Vaccination in Bombay 1874-1876 - 1874-1876
Year: 1874
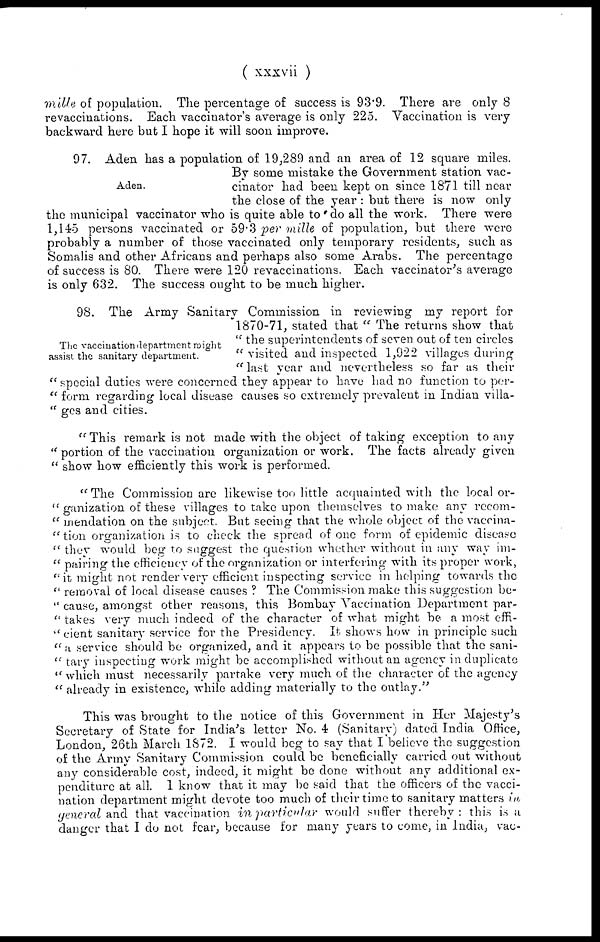
( xxxvii )
mille of population. The percentage of success is 93.9. There are only 8
revaccinations. Each vaccinator's average is only 225. Vaccination is very
backward here but I hope it will soon improve.
Aden.
97. Aden has a population of 19,289 and an area of 12 square miles.
By some mistake the Government station vac-
cinator had been kept on since 1871 till near
the close of the year : but there is now only
the municipal vaccinator who is quite able to do all the work. There were
1,145 persons vaccinated or 59.3 per mille of population, but there were
probably a number of those vaccinated only temporary residents, such as
Somalis and other Africans and perhaps also some Arabs. The percentage
of success is 80. There were 120 revaccinations. Each vaccinator's average
is only 632. The success ought to be much higher.
The vaccination department might
assist the sanitary department.
98. The Army Sanitary Commission in reviewing my report for
1870-71, stated that " The returns show that
" the superintendents of seven out of ten circles
" visited and inspected 1,922 villages during
" last year and nevertheless so far as their
" special duties were concerned they appear to have had no function to per-
" form regarding local disease causes so extremely prevalent in Indian villa-
" ges and cities.
"This remark is not made with the object of taking exception to any
" portion of the vaccination organization or work. The facts already given
" show how efficiently this work is performed.
" The Commission are likewise too little acquainted with the local or-
" ganization of these villages to take upon themselves to make any recom-
" mendation on the subject. But seeing that the whole object of the vaccina-
" tion organization is to check the spread of one form of epidemic disease
" they would beg to suggest the question whether without in any way im-
" pairing the efficiency of the organization or interfering with its proper work,
" it might not render very efficient inspecting service in helping towards the
" removal of local disease causes ? The Commission make this suggestion be-
" cause, amongst other reasons, this Bombay Vaccination Department par-
" takes very much indeed of the character of what might be a most effi-
" cient sanitary service for the Presidency. It shows how in principle such
" a service should be organized, and it appears to be possible that the sani-
" tary inspecting work might be accomplished without an agency in duplicate
" which must necessarily partake very much of the character of the agency
" already in existence, while adding materially to the outlay."
This was brought to the notice of this Government in Her Majesty's
Secretary of State for India's letter No. 4 (Sanitary) dated India Office,
London, 26th March 1872. I would beg to say that I believe the suggestion
of the Army Sanitary Commission could be beneficially carried out without
any considerable cost, indeed, it might be done without any additional ex-
penditure at all. I know that it may be said that the officers of the vacci-
nation department might devote too much of their time to sanitary matters in
general and that vaccination in particular would suffer thereby: this is a
danger that I do not fear, because for many years to come, in India, vac-